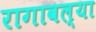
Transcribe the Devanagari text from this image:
रागावल्या